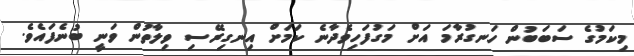
މިކަމުގެ ސަބަބުން ހަނގުރާމަ އަށް މަގުފަހިވެދާނެ ކަމަށް އިނގިރޭސި ވިލާތުން ވަނީ ބުނެފައެވެ.